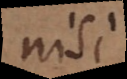
nisi